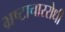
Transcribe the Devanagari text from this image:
भ्रष्टाचाररोधी